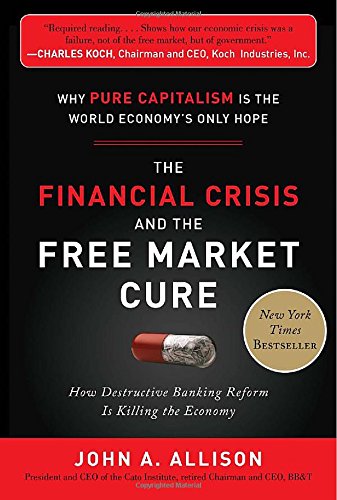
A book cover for The Financial Crisis and the Free Market Cure:  Why Pure Capitalism is the World Economy's Only Hope; John A. Allison; Business & Money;